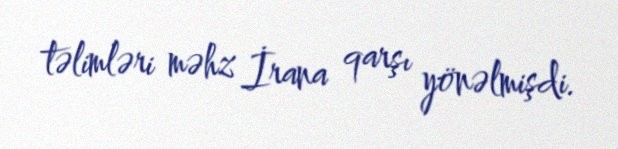
təlimləri məhz İrana qarşı yönəlmişdi.